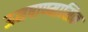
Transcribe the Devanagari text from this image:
ऊनषाण्मासिक